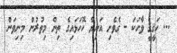
... ހަޤީޤީ ވާހަކަ - ގެވެށި އަނިޔާ ހޮހަޅައިގެ ތިން މިތުރުން މިނިވަން